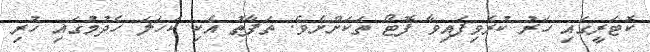
ކޮޓަރީގައި ހަރު ކުރެވިފައިވާ ފޮޓޯ ތަކަށްށެވެ. ތަފާތު އެކި ކަހަލަ ހެދުމުގައި ހުރި